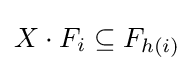
X\cdot F_{i}\subseteq F_{h(i)}